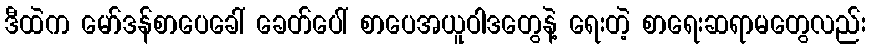
ဒီထဲက မော်ဒန်စာပေခေါ် ခေတ်ပေါ် စာပေအယူဝါဒတွေနဲ့ ရေးတဲ့ စာရေးဆရာမတွေလည်း